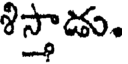
శిస్తాడు.